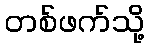
တစ်ဖက်သို့